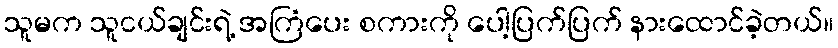
သူမက သူငယ်ချင်းရဲ့ အကြံပေး စကားကို ပေါ့ပြက်ပြက် နားထောင်ခဲ့တယ်။